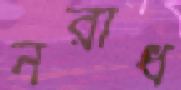
নরাধ